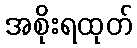
အစိုးရထုတ်